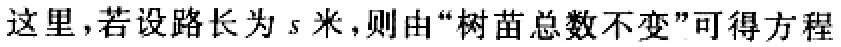
这里，若设路长为\(s\)米，则由“树苗总数不变”可得方程